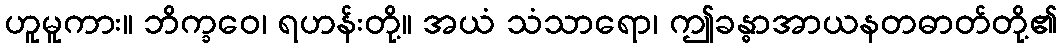
ဟူမူကား။ ဘိက္ခဝေ၊ ရဟန်းတို့။ အယံ သံသာရော၊ ဤခန္ဓာအာယနတဓာတ်တို့၏